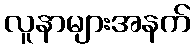
လူနာများအနက်